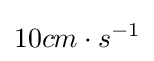
10cm\cdot s^{-1}